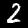
Digit: 2